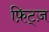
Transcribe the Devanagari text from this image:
फ़िट्ज़